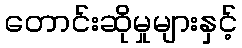
တောင်းဆိုမှုများနှင့်